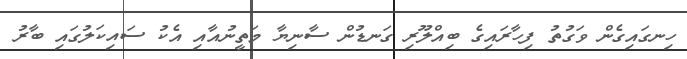
ހިނގައިގެން ވަގުތު ފިހާރައިގެ ބިއްލޫރި ގަނޑުން ސާނިޔާ މަތީނުއާއި އެކު ސައިކަލުގައި ބާރު